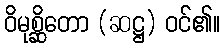
ဝိမုစ္ဆိတော (ဆဋ္ဌ) ဝင်၏။